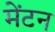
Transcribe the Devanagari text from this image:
मेंटन